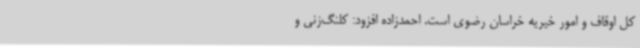
کل اوقاف و امور خیریه خراسان رضوی است. احمدزاده افزود: کلنگ‌زنی و